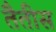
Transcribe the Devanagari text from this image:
तैतीस